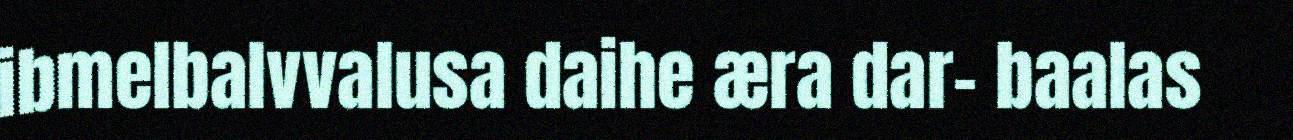
ibmelbalvvalusa daihe æra dar- baalas